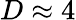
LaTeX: D\approx 4